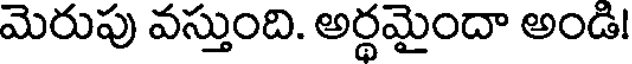
మెరుపు వస్తుంది. అర్థమైందా అండి!